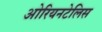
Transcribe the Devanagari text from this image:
ओरियनटेलिस